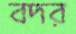
বদর